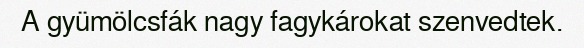
A gyümölcsfák nagy fagykárokat szenvedtek.